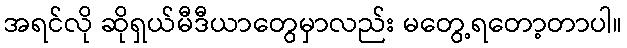
အရင်လို ဆိုရှယ်မီဒီယာတွေမှာလည်း မတွေ့ရတော့တာပါ။